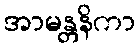
အာမန္တနိကာ